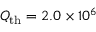
Q _ { \mathrm { t h } } = 2 . 0 \times 1 0 ^ { 6 }